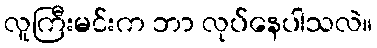
လူကြီးမင်းက ဘာ လုပ်နေပါသလဲ။